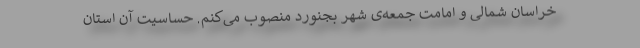
خراسان شمالی و امامت جمعه‌ی شهر بجنورد منصوب می‌کنم. حساسیت آن استان